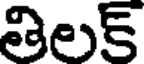
తిలక్